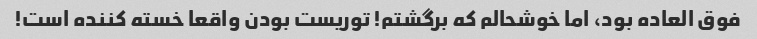
فوق العاده بود، اما خوشحالم که برگشتم! توریست بودن واقعا خسته کننده است!